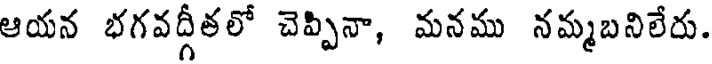
ఆయన భగవద్గీతలో చెప్పినా, మనము నమ్మబనిలేరు.